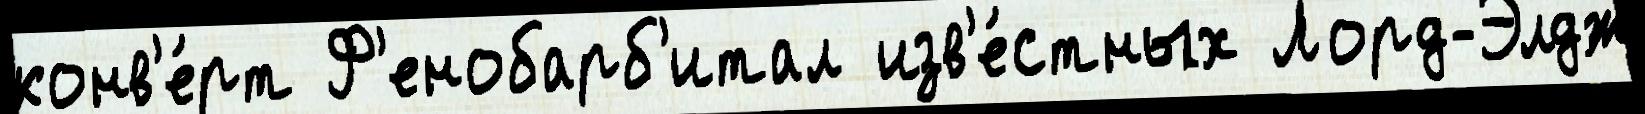
конв'е́рт Ф'енобарб'итал изв'е́стных Лорд-Элдж